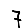
Digit: 7